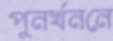
পুনর্খননে